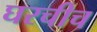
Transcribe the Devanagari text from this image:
घरचीच